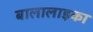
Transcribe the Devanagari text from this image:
बालालाइका